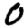
Digit: 0